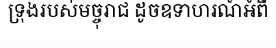
ទ្រុងរបស់មច្ចុរាជ ដូចឧទាហរណ៍អំពី